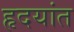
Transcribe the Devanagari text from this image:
हृदयांत